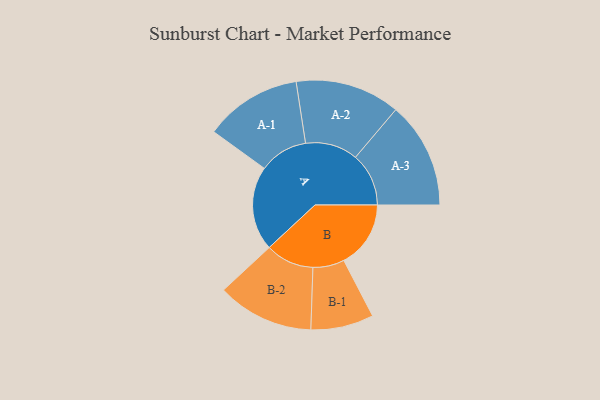
{"axis": {"x": "Segment", "y": "Value"}, "legend": ["", "A", "B"], "data": [{"x": "A", "y": 437, "type": ""}, {"x": "B", "y": 347, "type": ""}, {"x": "A-1", "y": 252, "type": "A"}, {"x": "A-2", "y": 272, "type": "A"}, {"x": "A-3", "y": 276, "type": "A"}, {"x": "B-1", "y": 163, "type": "B"}, {"x": "B-2", "y": 251, "type": "B"}]}